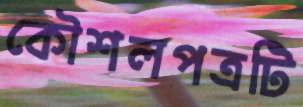
কৌশলপত্রটি